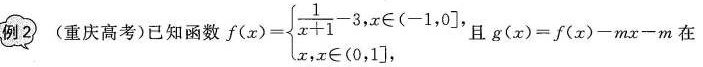
例2 (重庆高考)已知函数$$f ( x ) = \left \ { \begin { array } { l } \frac { 1 } { x + 1 } - 3 , x \in ( - 1 , 0 ] , \\ x , x \in ( 0 , 1 ] , \end { array } \right .$$且$$g ( x ) = f ( x ) - m x - m$$在